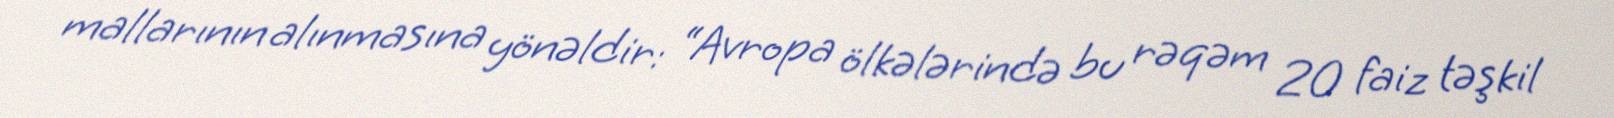
mallarının alınmasına yönəldir: “Avropa ölkələrində bu rəqəm 20 faiz təşkil